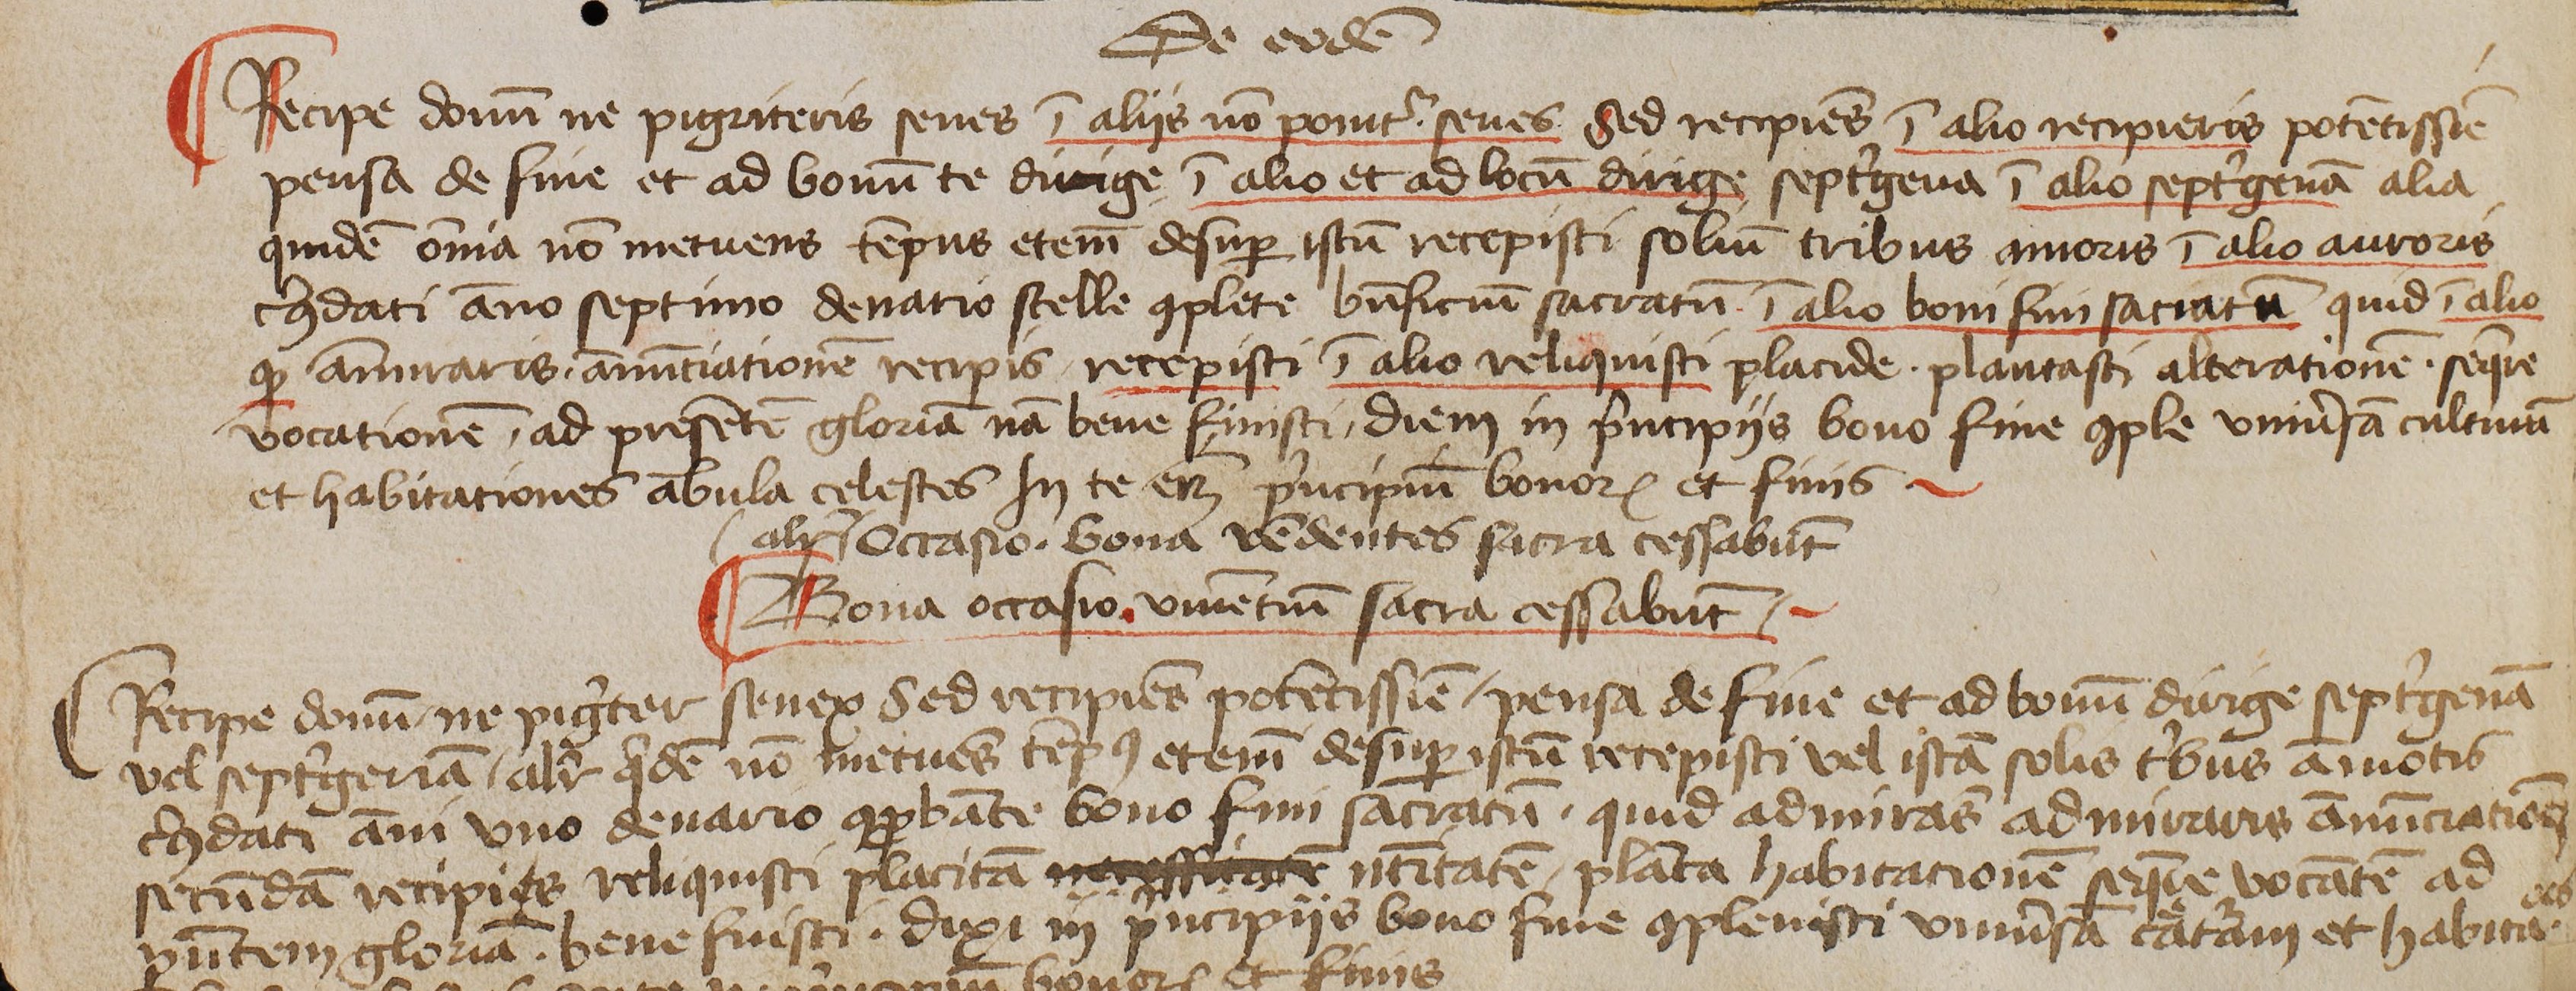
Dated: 1444–1449